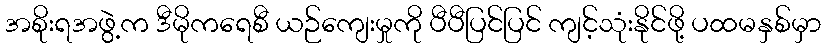
အစိုးရအဖွဲ့က ဒီမိုကရေစီ ယဉ်ကျေးမှုကို ပီပီပြင်ပြင် ကျင့်သုံးနိုင်ဖို့ ပထမနှစ်မှာ